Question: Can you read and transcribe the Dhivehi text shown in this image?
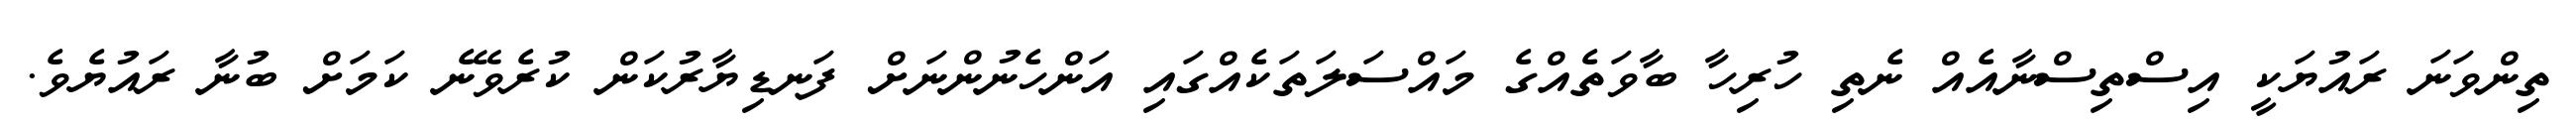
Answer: ތިންވަނަ ރައުޔަކީ އިސްތިސްނާއެއް ނެތި ހުރިހާ ބާވަތެއްގެ މައްސަލަތަކެއްގައި އަންހެނުންނަށް ފަނޑިޔާރުކަން ކުރެވޭނެ ކަމަށް ބުނާ ރައުޔެވެ.